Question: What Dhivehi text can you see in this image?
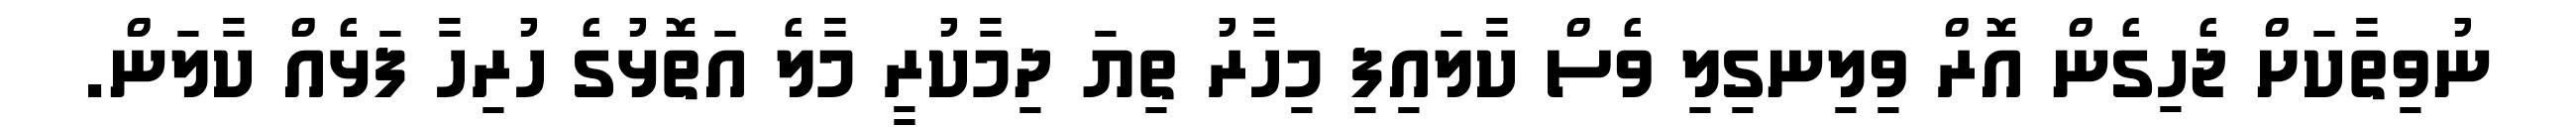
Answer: ނުވިތާކަށް ޖެހިގެން އޮރް ވިލިނގިލި ވެސް ކާލައިފި މިހާރު ތިޔަ ދިމާކުރީ މާލެ އަތޮޅުގެ ހުރިހާ ފަޅެއް ކާލަން.